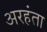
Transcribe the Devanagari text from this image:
अरहंता